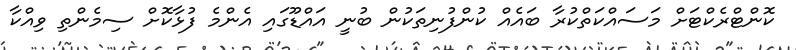
ކޮންޓްރެކްޓަށް މަސައްކަތްކުރާ ބައެއް ކުންފުނިތަކުން ބުނީ އައްޑޫގައި އެންމެ ފުޅާކޮށް ސިމެންތި ވިއްކާ